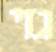
גזי